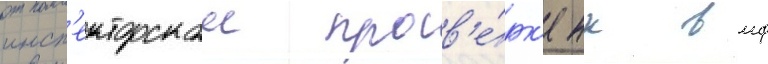
инсп'екторскои пров'е́рк'е нк вмф